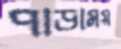
পাড়াময়